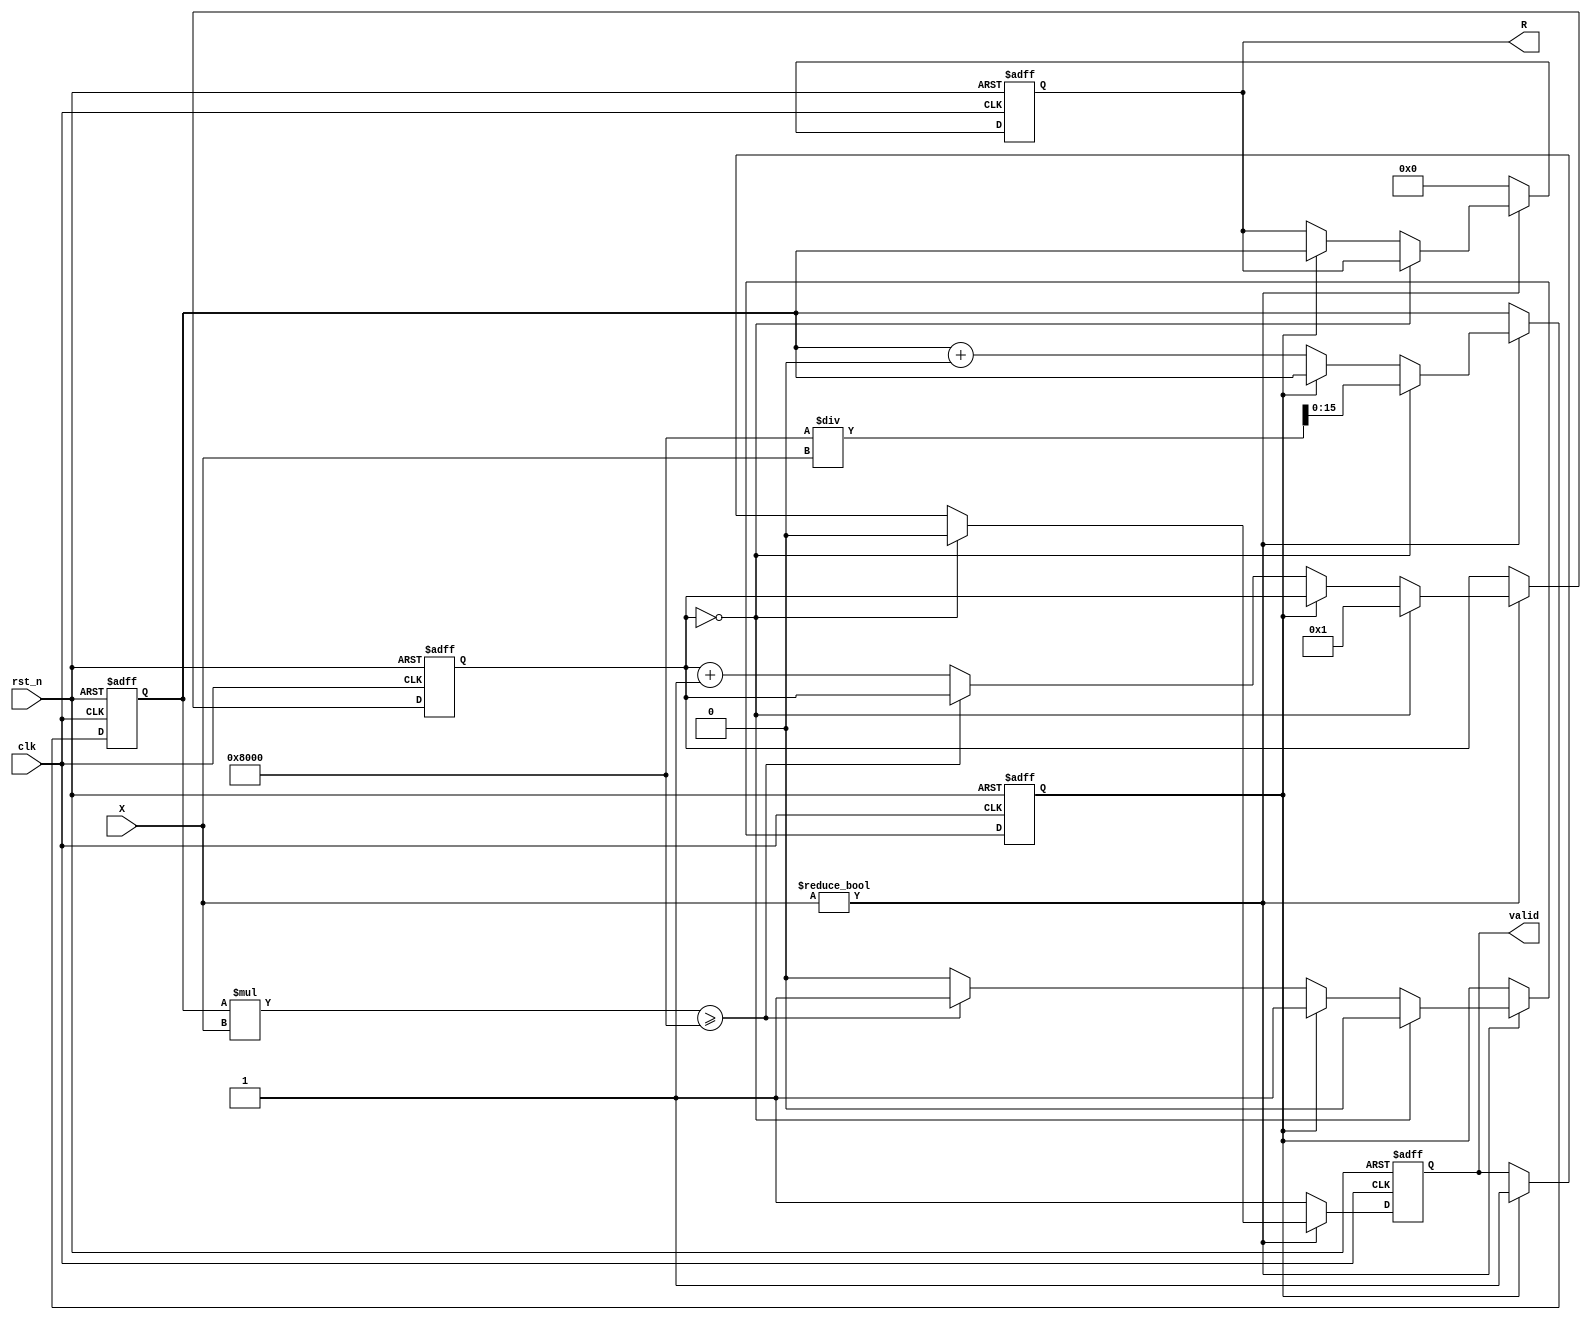
module BitwiseReciprocal #(
    parameter N = 16 // Bit-width of the input/output
)(
    input  wire [N-1:0] X,       // Input: N-bit unsigned integer
    input  wire clk,              // Clock signal
    input  wire rst_n,            // Asynchronous reset active low
    output reg  [N-1:0] R,        // Output: N-bit reciprocal
    output reg  valid              // Output valid signal
);

    reg [N-1:0] approx;           // Current approximation
    reg [N-1:0] error;            // Error term
    reg [N-1:0] temp;             // Temporary variable for calculations
    reg [3:0] iteration_count;     // Iteration counter
    reg done;                     // Done flag for convergence

    // Initial approximation logic
    always @(posedge clk or negedge rst_n) begin
        if (!rst_n) begin
            approx <= 0;
            R <= 0;
            valid <= 0;
            iteration_count <= 0;
            done <= 0;
        end else if (X != 0) begin
            if (iteration_count == 0) begin
                // Initial approximation: Use bit-shift based estimation
                approx <= (1 << (N - 1)) / X; // Initial approximation
                iteration_count <= 1;
                valid <= 0;
                done <= 0;
            end else if (!done) begin
                // Newton-Raphson refinement
                error <= approx * X; // Compute error
                temp = (1 << N) - error; // Calculate (2^N - approx * X)

                // Update approximation
                approx <= approx + (temp >> N); // Update approximation based on error

                // Check for convergence (simple threshold)
                if (approx * X >= (1 << (N - 1))) begin
                    done <= 1;
                end else begin
                    iteration_count <= iteration_count + 1;
                end
            end else begin
                R <= approx; // Output the final approximation
                valid <= 1; // Set valid signal
            end
        end else begin
            // Handle zero input case
            R <= 0; // Can also output max value if desired
            valid <= 1; // Output valid
        end
    end

endmodule